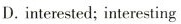
D. interested; interesting